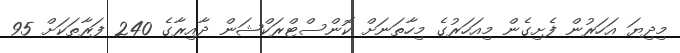
މިދިޔަ އަހަރުން ފެށިގެން މިއަހަރުގެ މިހާތަނަށް ކޮންސްޓްރަކްޝަން ދާއިރާގެ 240 ފަރާތަކަށް 95